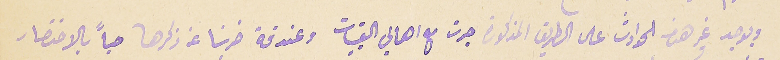
ويوجد غير هذه الحوادث على الطريق المذكورة جرت مع اهالي القبيات وعندقة ضربنا عن ذكرها حباً بالاختصار